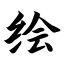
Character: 绘